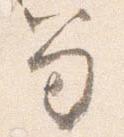
笏